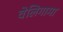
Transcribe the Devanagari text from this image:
वेलिगामा